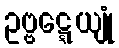
ဥဗ္ဗဋ္ဋေယျုံ